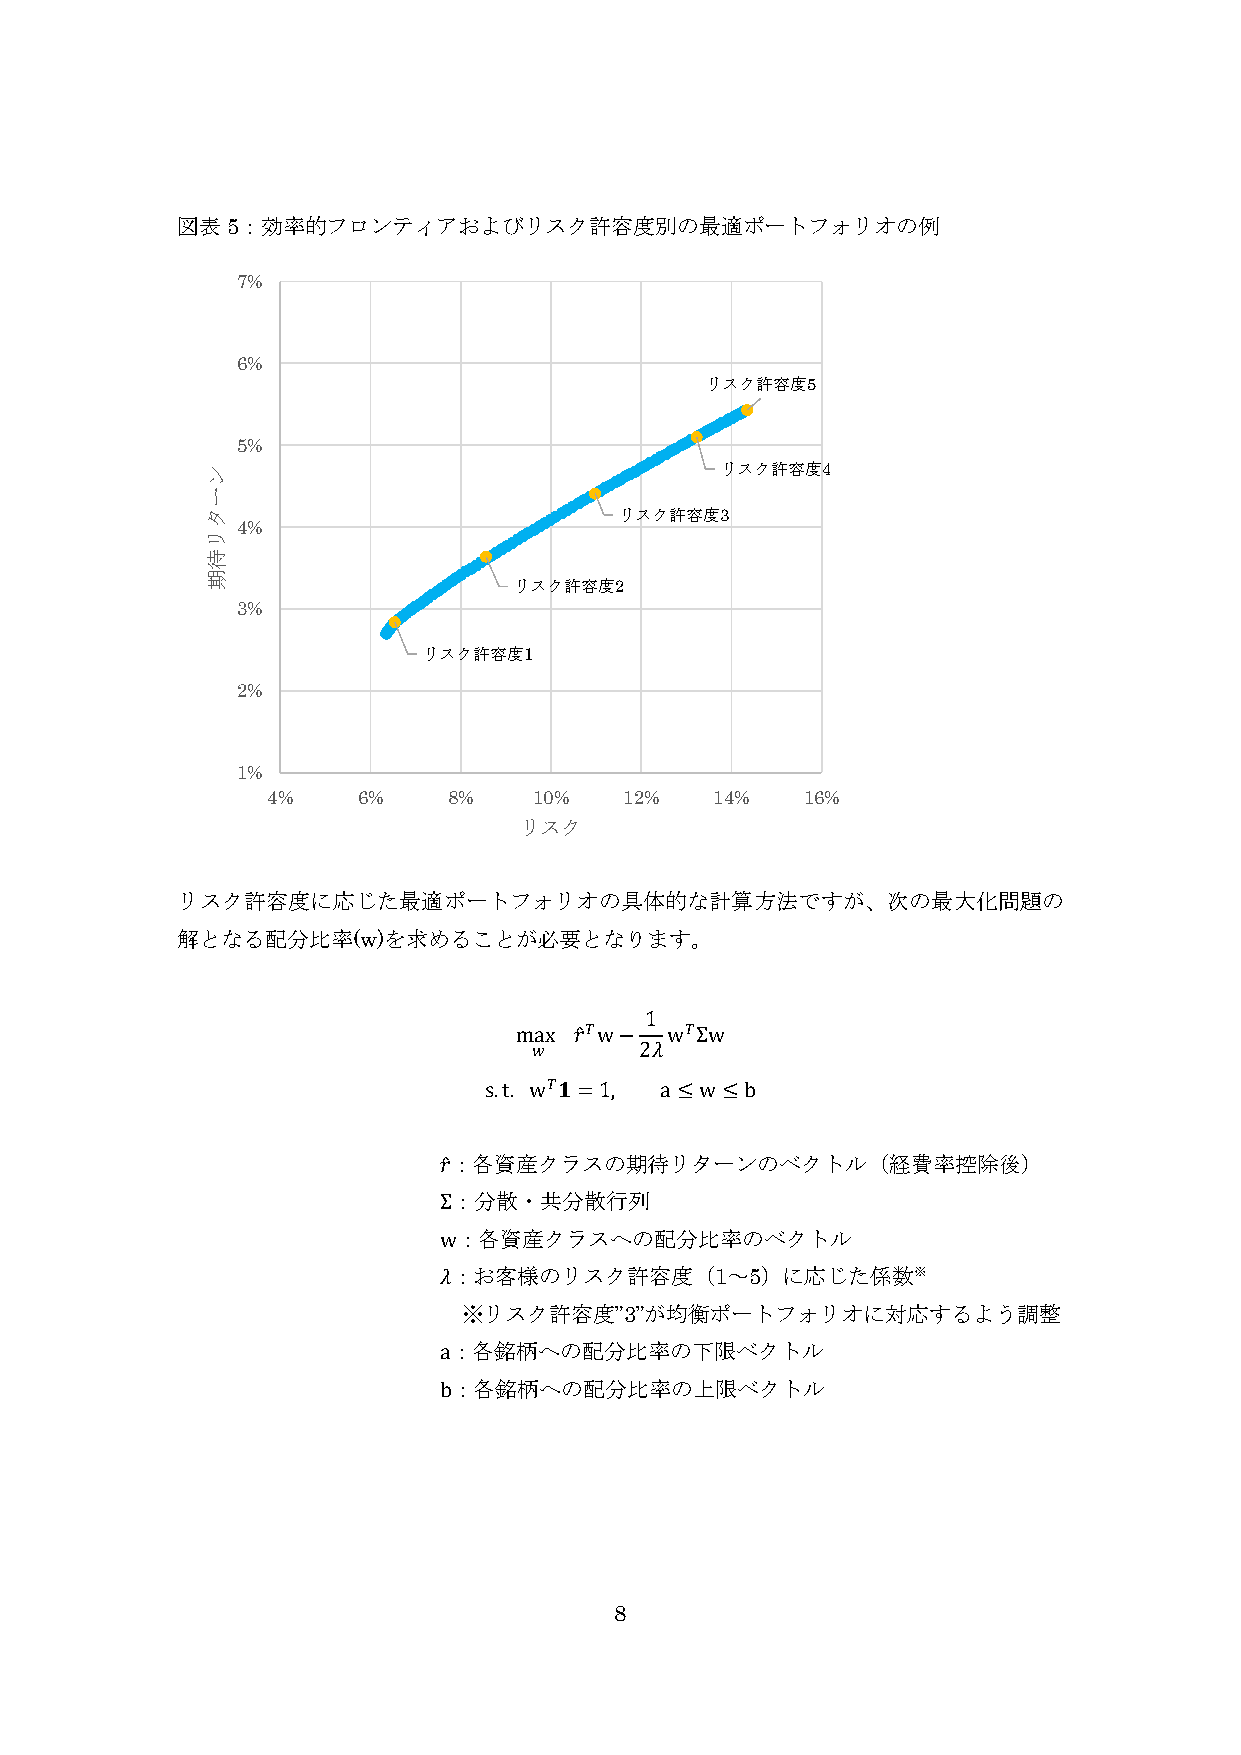
図表5：効率的フロンティアおよびリスク許容度別の最適ポートフォリオの例
 7%
 6%
 リスク許容度5
 5%
 ン                                 リスク許容度4
 ー
 タ                          リスク許容度3
 4%
 リ
 待
 期
 リスク許容度2
 3%
 リスク許容度1
 2%
 1%
 4%    6%    8%   10%   12%   14%   16%
 リスク
 リスク許容度に応じた最適ポートフォリオの具体的な計算方法ですが、次の最大化問題の
 解となる配分比率(w)を求めることが必要となります。
 1
 max 𝑟̂𝑇w− w𝑇Σw
 𝑤      2𝜆
 s.t. w𝑇𝟏=1, a≤w≤b
 𝑟̂：各資産クラスの期待リターンのベクトル（経費率控除後）
 Σ：分散・共分散行列
 w：各資産クラスへの配分比率のベクトル
 𝜆：お客様のリスク許容度（1～5）に応じた係数※
 ※リスク許容度”3”が均衡ポートフォリオに対応するよう調整
 a：各銘柄への配分比率の下限ベクトル
 b：各銘柄への配分比率の上限ベクトル
 8